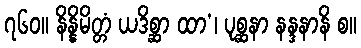
၇၆၀။ နိန္နိမိတ္တံ ယဒိစ္ဆာ ထာ’၊ ပုစ္ဆနာ နန္ဒနာနိ စ။